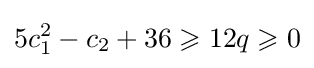
5c_{1}^{2}-c_{2}+36\geqslant 12q\geqslant 0